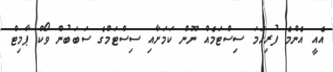
އެއީ އެންމެ ފުރިހަމަ ސިސްޓަމެއް ނޫން ކަމަށާއި ސިސްޓަމްގެ ސަބަބުން ވޯކް ޕާމިޓް